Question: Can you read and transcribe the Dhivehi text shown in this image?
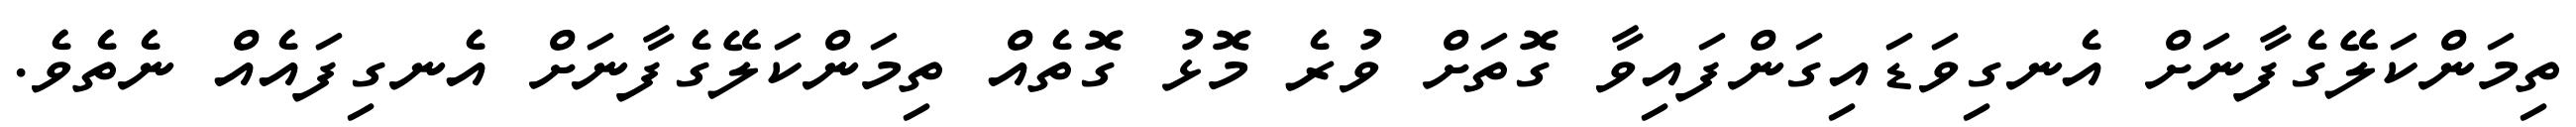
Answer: ތިމަންކަލޭގެފާނަށް އެނގިވަޑައިގަންފައިވާ ގޮތަށް ވުރެ މޮޅު ގޮތެއް ތިމަންކަލޭގެފާނަށް އެނގިފައެއް ނެތެވެ.